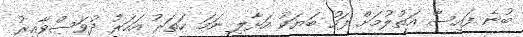
ބުނެ ފައިސާ އަތުލުމަށް ފަހު ބަޔަކު އަޅާލި ނަމަ ހަތަރު އަހަރު ދުވަސްވާއިރު